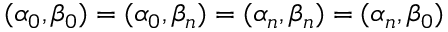
( \alpha _ { 0 } , \beta _ { 0 } ) = ( \alpha _ { 0 } , \beta _ { n } ) = ( \alpha _ { n } , \beta _ { n } ) = ( \alpha _ { n } , \beta _ { 0 } )